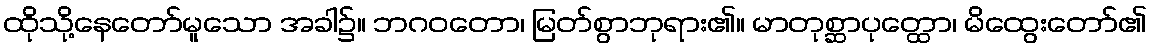
ထိုသို့နေတော်မူသော အခါ၌။ ဘဂဝတော၊ မြတ်စွာဘုရား၏။ မာတုစ္ဆာပုတ္ထော၊ မိထွေးတော်၏